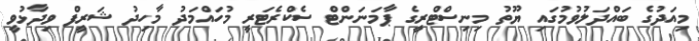
މިއަދުގެ ބައްދަލުވުމުގައި ޔޫތު މިނިސްޓްރީގެ ޕާމަނަންޓް ސެކްރެޓަރީ މުހައްމަދު މާހިދު ޝަރީފް ވިދާޅުވީ